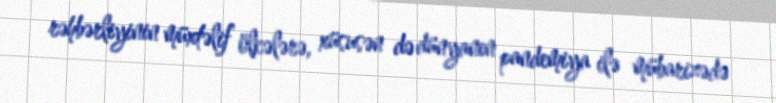
rəhbərliyinin müxtəlif ölkələrə, xüsusən də dünyanın pandemiya ilə mübarizədə